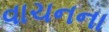
વાચનના